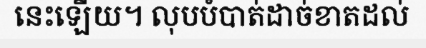
នេះឡើយ។ លុបបំបាត់ដាច់ខាតដល់